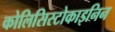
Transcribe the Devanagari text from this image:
कोलिसिस्टोकाइनिन